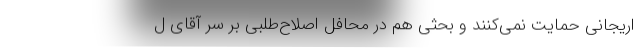
اریجانی حمایت نمی‌کنند و بحثی هم در محافل اصلاح‌طلبی بر سر آقای ل